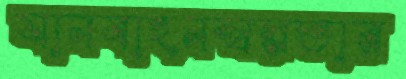
যানবাহনস্বল্পতার